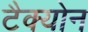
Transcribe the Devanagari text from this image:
टैक्योन